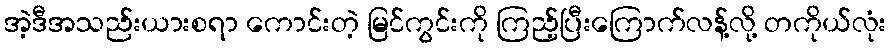
အဲ့ဒီအသည်းယားစရာ ကောင်းတဲ့ မြင်ကွင်းကို ကြည့်ပြီးကြောက်လန့်လို့ တကိုယ်လုံး